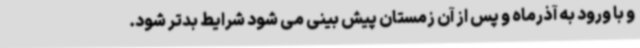
و با ورود به آذرماه و پس از آن زمستان پیش بینی می شود شرایط بدتر شود.